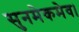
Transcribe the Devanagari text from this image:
सुनमेकमेव।